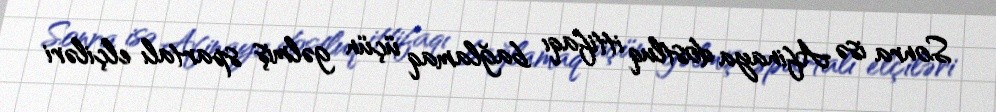
Sonra isə Afinaya dostluq ittifaqı bağlamaq üçün gəlmiş spartalı elçiləri